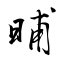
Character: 晡